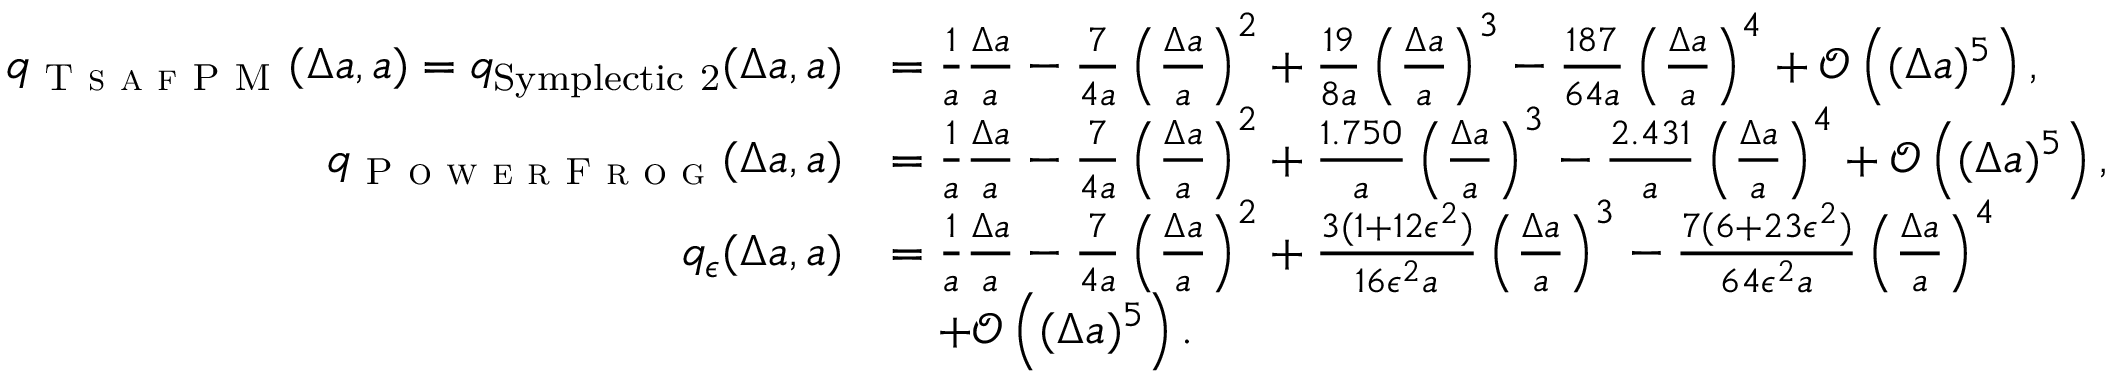
\begin{array} { r l } { q _ { \textsc { T s a f P M } } ( \Delta a , a ) = q _ { \mathrm { { S y m p l e c t i c ~ 2 } } } ( \Delta a , a ) } & { = \frac { 1 } { a } \frac { \Delta a } { a } - \frac { 7 } { 4 a } \left( \frac { \Delta a } { a } \right) ^ { 2 } + \frac { 1 9 } { 8 a } \left( \frac { \Delta a } { a } \right) ^ { 3 } - \frac { 1 8 7 } { 6 4 a } \left( \frac { \Delta a } { a } \right) ^ { 4 } + \mathscr { O } \left( ( \Delta a ) ^ { 5 } \right) , } \\ { q _ { \textsc { P o w e r F r o g } } ( \Delta a , a ) } & { = \frac { 1 } { a } \frac { \Delta a } { a } - \frac { 7 } { 4 a } \left( \frac { \Delta a } { a } \right) ^ { 2 } + \frac { 1 . 7 5 0 } { a } \left( \frac { \Delta a } { a } \right) ^ { 3 } - \frac { 2 . 4 3 1 } { a } \left( \frac { \Delta a } { a } \right) ^ { 4 } + \mathscr { O } \left( ( \Delta a ) ^ { 5 } \right) , } \\ { q _ { \epsilon } ( \Delta a , a ) } & { = \frac { 1 } { a } \frac { \Delta a } { a } - \frac { 7 } { 4 a } \left( \frac { \Delta a } { a } \right) ^ { 2 } + \frac { 3 ( 1 + 1 2 \epsilon ^ { 2 } ) } { 1 6 \epsilon ^ { 2 } a } \left( \frac { \Delta a } { a } \right) ^ { 3 } - \frac { 7 ( 6 + 2 3 \epsilon ^ { 2 } ) } { 6 4 \epsilon ^ { 2 } a } \left( \frac { \Delta a } { a } \right) ^ { 4 } } \\ & { \quad + \mathscr { O } \left( ( \Delta a ) ^ { 5 } \right) . } \end{array}